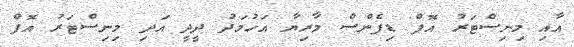
އާއި މިނިސްޓަރު އޮފް ޑިފެންސް މާރިޔާ އަހުމަދު ދީދީ އަދި މިނިސްޓަރު އޮފް